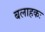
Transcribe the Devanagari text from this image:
बलाहकः